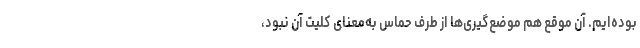
بوده‌ایم. آن موقع هم موضع‌گیری‌ها از طرف حماس به‌معنای کلیت آن نبود،